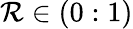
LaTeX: \mathcal{R}\in(0:1)